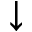
\downarrow